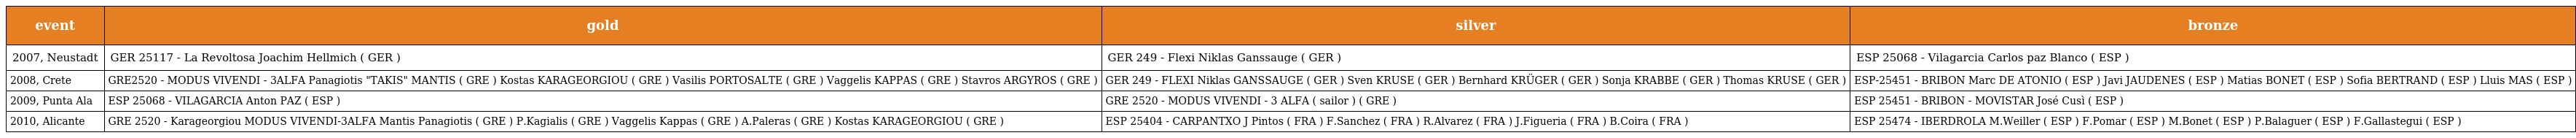
| event | gold | silver | bronze |
 | --- | --- | --- | --- |
 | 2007, Neustadt | GER 25117 - La Revoltosa Joachim Hellmich ( GER ) | GER 249 - Flexi Niklas Ganssauge ( GER ) | ESP 25068 - Vilagarcia Carlos paz Blanco ( ESP ) |
 | 2008, Crete | GRE2520 - MODUS VIVENDI - 3ALFA Panagiotis "TAKIS" MANTIS ( GRE ) Kostas KARAGEORGIOU ( GRE ) Vasilis PORTOSALTE ( GRE ) Vaggelis KAPPAS ( GRE ) Stavros ARGYROS ( GRE ) | GER 249 - FLEXI Niklas GANSSAUGE ( GER ) Sven KRUSE ( GER ) Bernhard KRÜGER ( GER ) Sonja KRABBE ( GER ) Thomas KRUSE ( GER ) | ESP-25451 - BRIBON Marc DE ATONIO ( ESP ) Javi JAUDENES ( ESP ) Matias BONET ( ESP ) Sofia BERTRAND ( ESP ) Lluis MAS ( ESP ) |
 | 2009, Punta Ala | ESP 25068 - VILAGARCIA Anton PAZ ( ESP ) | GRE 2520 - MODUS VIVENDI - 3 ALFA ( sailor ) ( GRE ) | ESP 25451 - BRIBON - MOVISTAR José Cusì ( ESP ) |
 | 2010, Alicante | GRE 2520 - Karageorgiou MODUS VIVENDI‐3ALFA Mantis Panagiotis ( GRE ) P.Kagialis ( GRE ) Vaggelis Kappas ( GRE ) A.Paleras ( GRE ) Kostas KARAGEORGIOU ( GRE ) | ESP 25404 - CARPANTXO J Pintos ( FRA ) F.Sanchez ( FRA ) R.Alvarez ( FRA ) J.Figueria ( FRA ) B.Coira ( FRA ) | ESP 25474 - IBERDROLA M.Weiller ( ESP ) F.Pomar ( ESP ) M.Bonet ( ESP ) P.Balaguer ( ESP ) F.Gallastegui ( ESP ) |